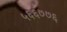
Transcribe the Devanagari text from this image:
५६६७७६